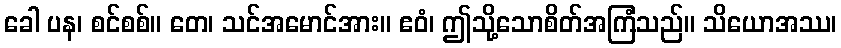
ခေါ ပန၊ စင်စစ်။ တေ၊ သင်အမောင်အား။ ဧဝံ၊ ဤသို့သောစိတ်အကြံသည်။ သိယောအဿ၊